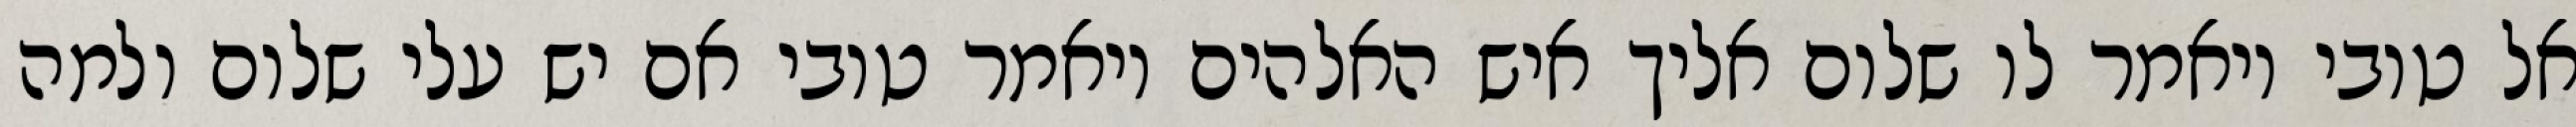
אל טובי ויאמר לו שלום אליך איש האלהים ויאמר טובי אם יש עלי שלום ולמה